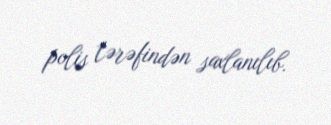
polis tərəfindən saxlanılıb.